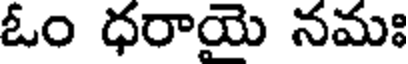
ఓం ధరాయె నమః